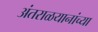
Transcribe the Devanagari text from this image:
अंतराळयानांच्या